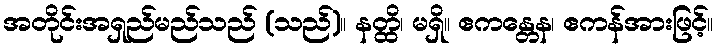
အတိုင်းအရှည်မည်သည် (သည်)။ နတ္ထိ၊ မရှိ။ ဧကန္တေန၊ ဧကန်အားဖြင့်။